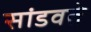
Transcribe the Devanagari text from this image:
सांडवते